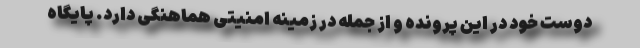
دوست خود در این پرونده و از جمله در زمینه امنیتی هماهنگی دارد. پایگاه